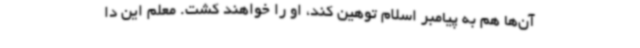
آن‌ها هم به پیامبر اسلام توهین کند، او را خواهند کشت. معلم این دا